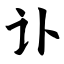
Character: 讣